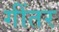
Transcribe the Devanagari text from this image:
गींतर